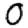
Digit: 0